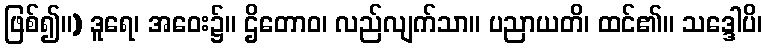
ဖြစ်၍။) ဒူရေ၊ အဝေး၌။ ဌိတောဝ၊ လည်လျက်သာ။ ပညာယတိ၊ ထင်၏။ သဒ္ဒေါပိ၊